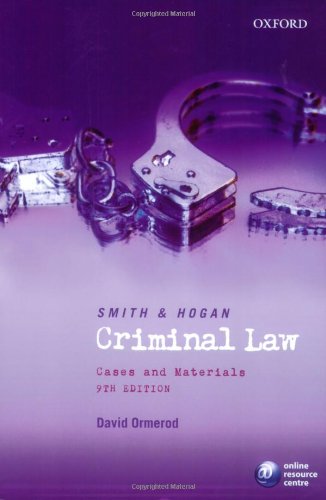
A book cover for Smith and Hogan Criminal Law: Cases and Materials; David Ormerod; Law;